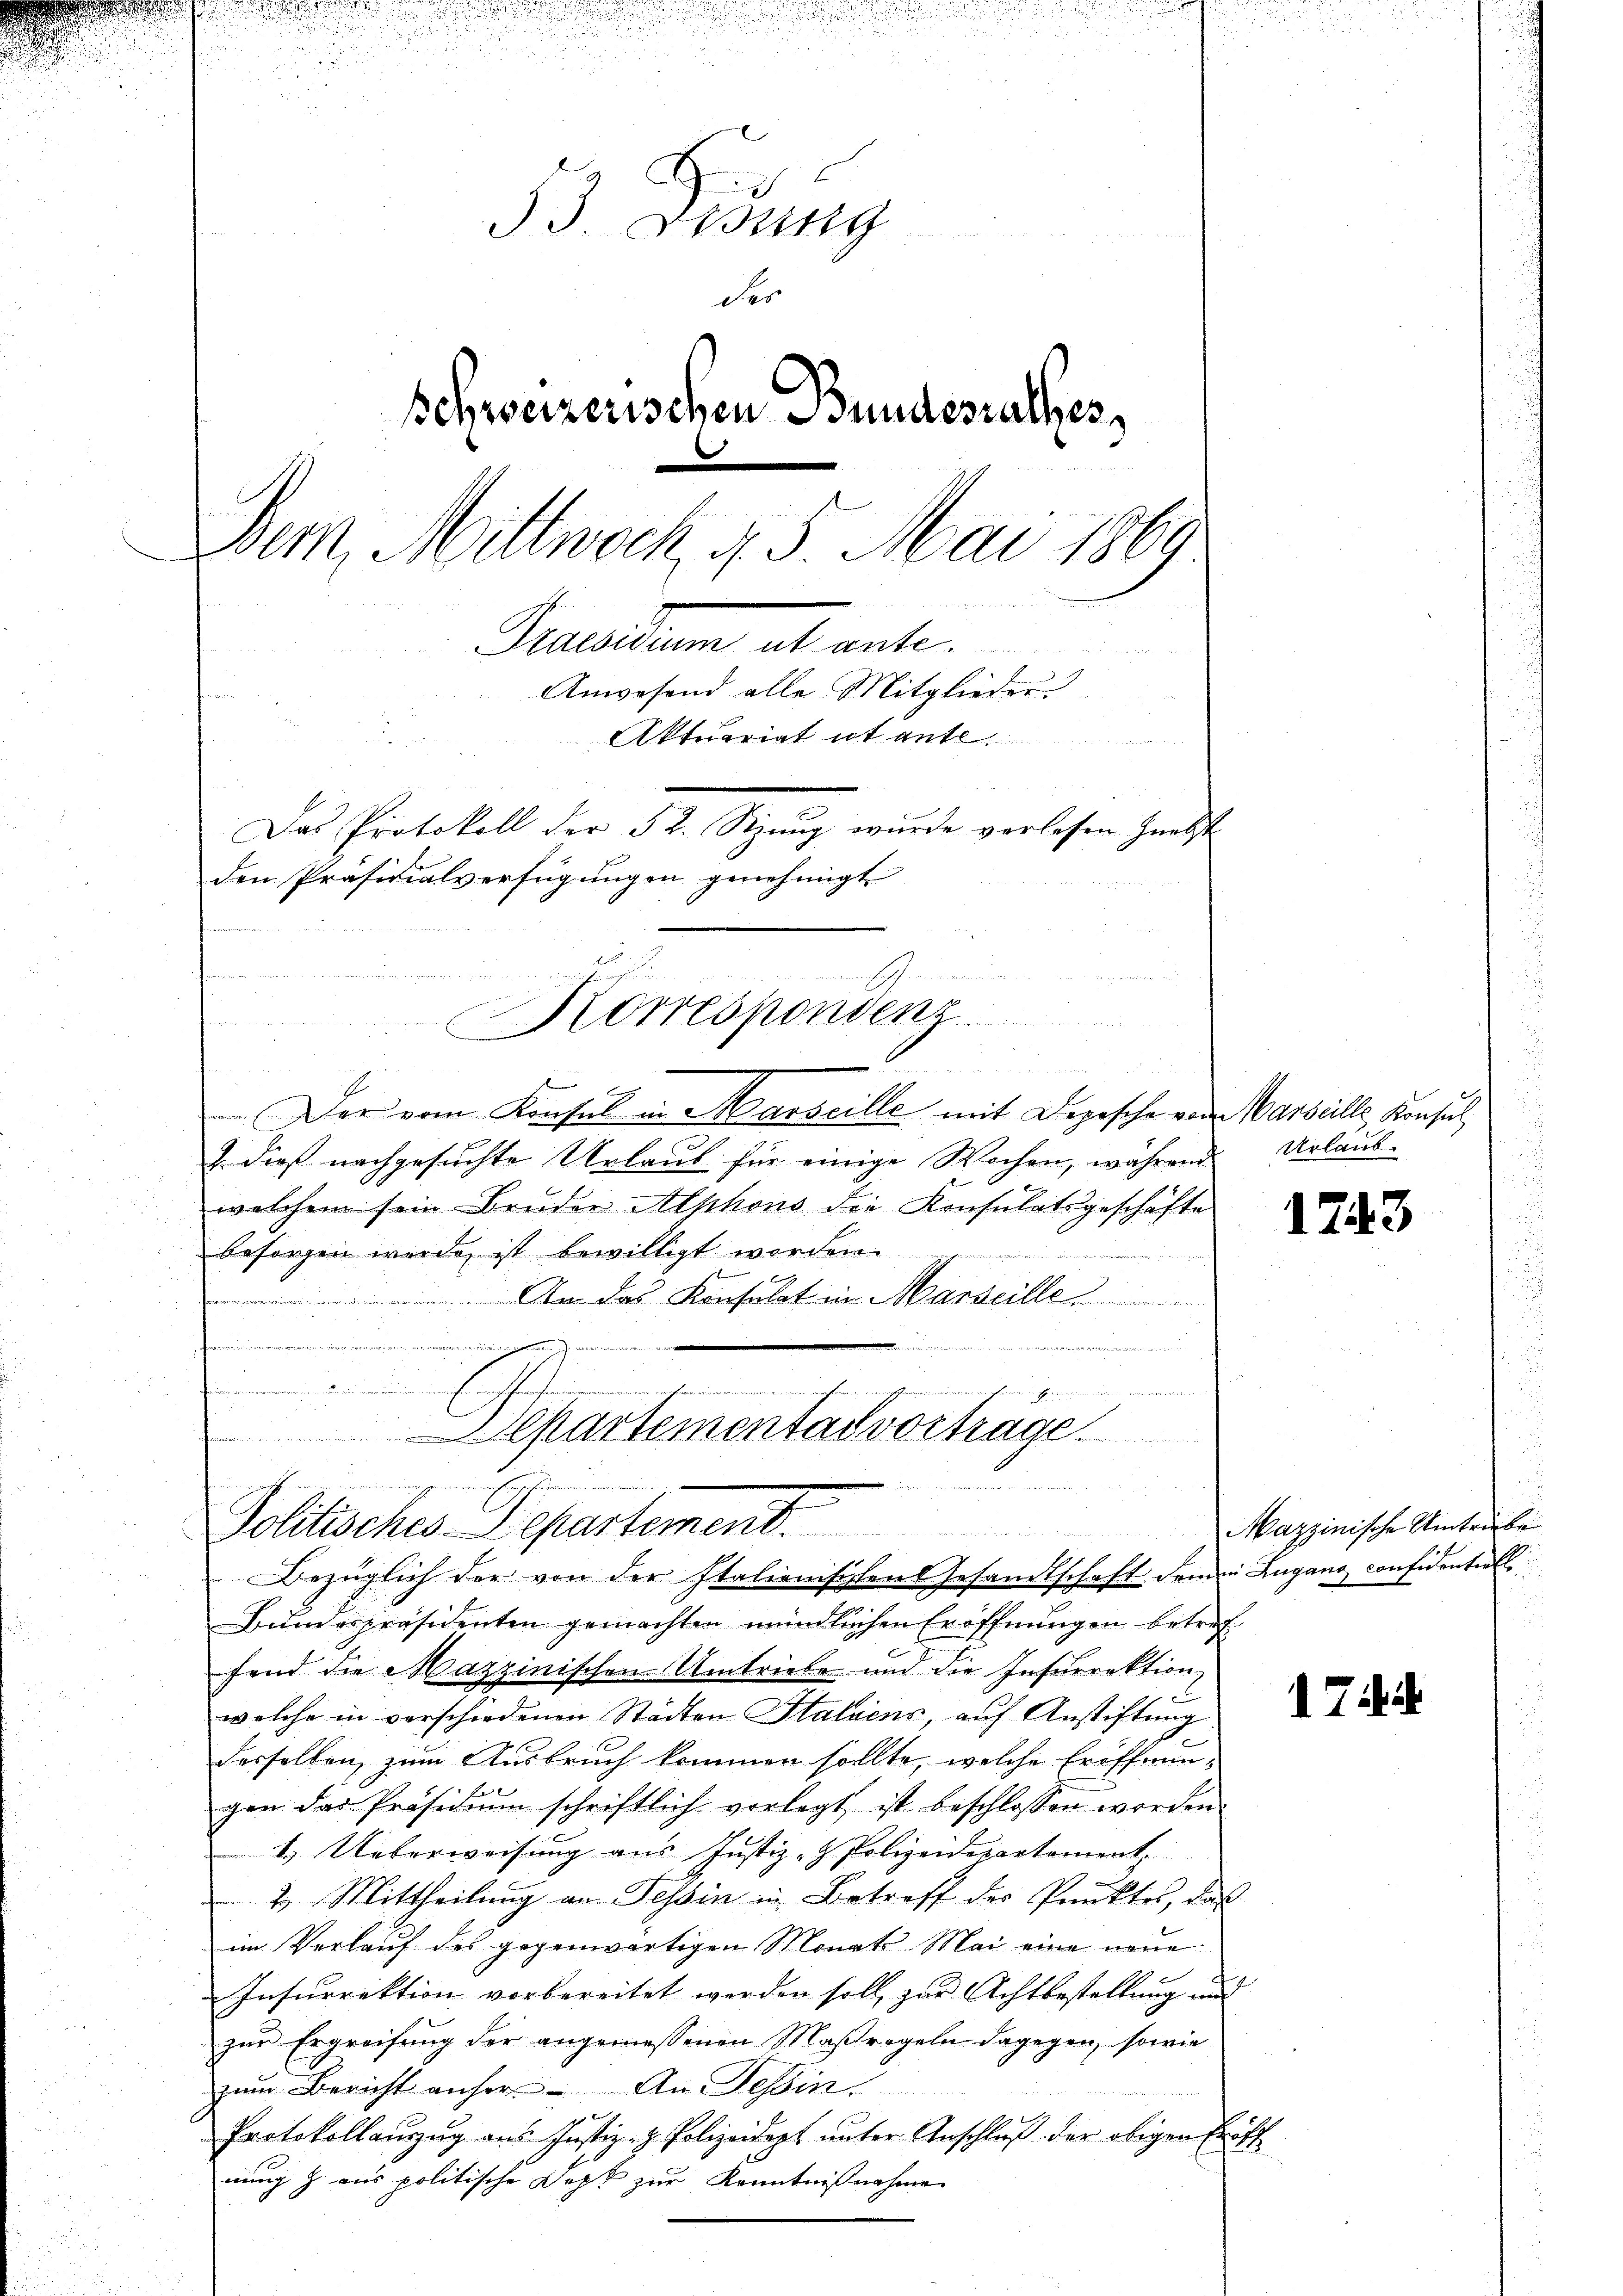
h
33. Lesung
der
Schweizerischen Bundesrathes,
Dem, Mittwoch, 4. 5. Mai 1869
3
Fraenum abante
Anwesend alle Mitglieder
a
Aktuariat et ant
Das Protokoll der 52. Sizung wurde verlesen nebst
den Präsidialverfügungen genehmigt
Korrespondenz

ä
 Der vom Konsul in Marseille mit Depesche von Marseille, Konsul,
2. dieß nachgesuchte Urlaubt für einige Wochen, während
welchem sein Bruder Alphons die Konsulatsgeschäfte
besorgen wurde ist bewilligt worden.
 das Konsulat im Marseille
.
tner der den die in |

men seinen nichten denen meine
Separtementat vortrage

de
Politisches Departement.
Bezüglich der von der Italienischten Gesandtschaft dem in Lugano considenterl
Bundespräsidenten gemachten mündlichen Eröffnungen betref

fend die Hazzinischen Umtriebe und die Insurrektion,
welche in verschiedenen Städten Staldens, auf Anstiftung
derselben zum Ausbruch kommen sollte, welche Eröffnungen das Präsidium schriftlich vorlegt ist beschlossen worden
1.) Ueberweisung aus Justiz- & Polizeidepartement.
2. Mittheilung an Tessin in Betreff der Punktes, daß
im Verlauf des gegenwärtigen Monats Mai eine neue
Insurrektion vorbereitet werden soll, zur Achtbestellung und
zur Ergreifung der angemessenen Maßregeln dagegen, sowie
zum Bericht anher. An Tessin.
Protokollanzug aus Justiz- & Polizeidept unter Anschluß der obigen Eröff
nung z. aus politische Dopt zur Kenntnißnahme

x

Urlaub.

1743

Mazzinische Umtriebe

1 Titel